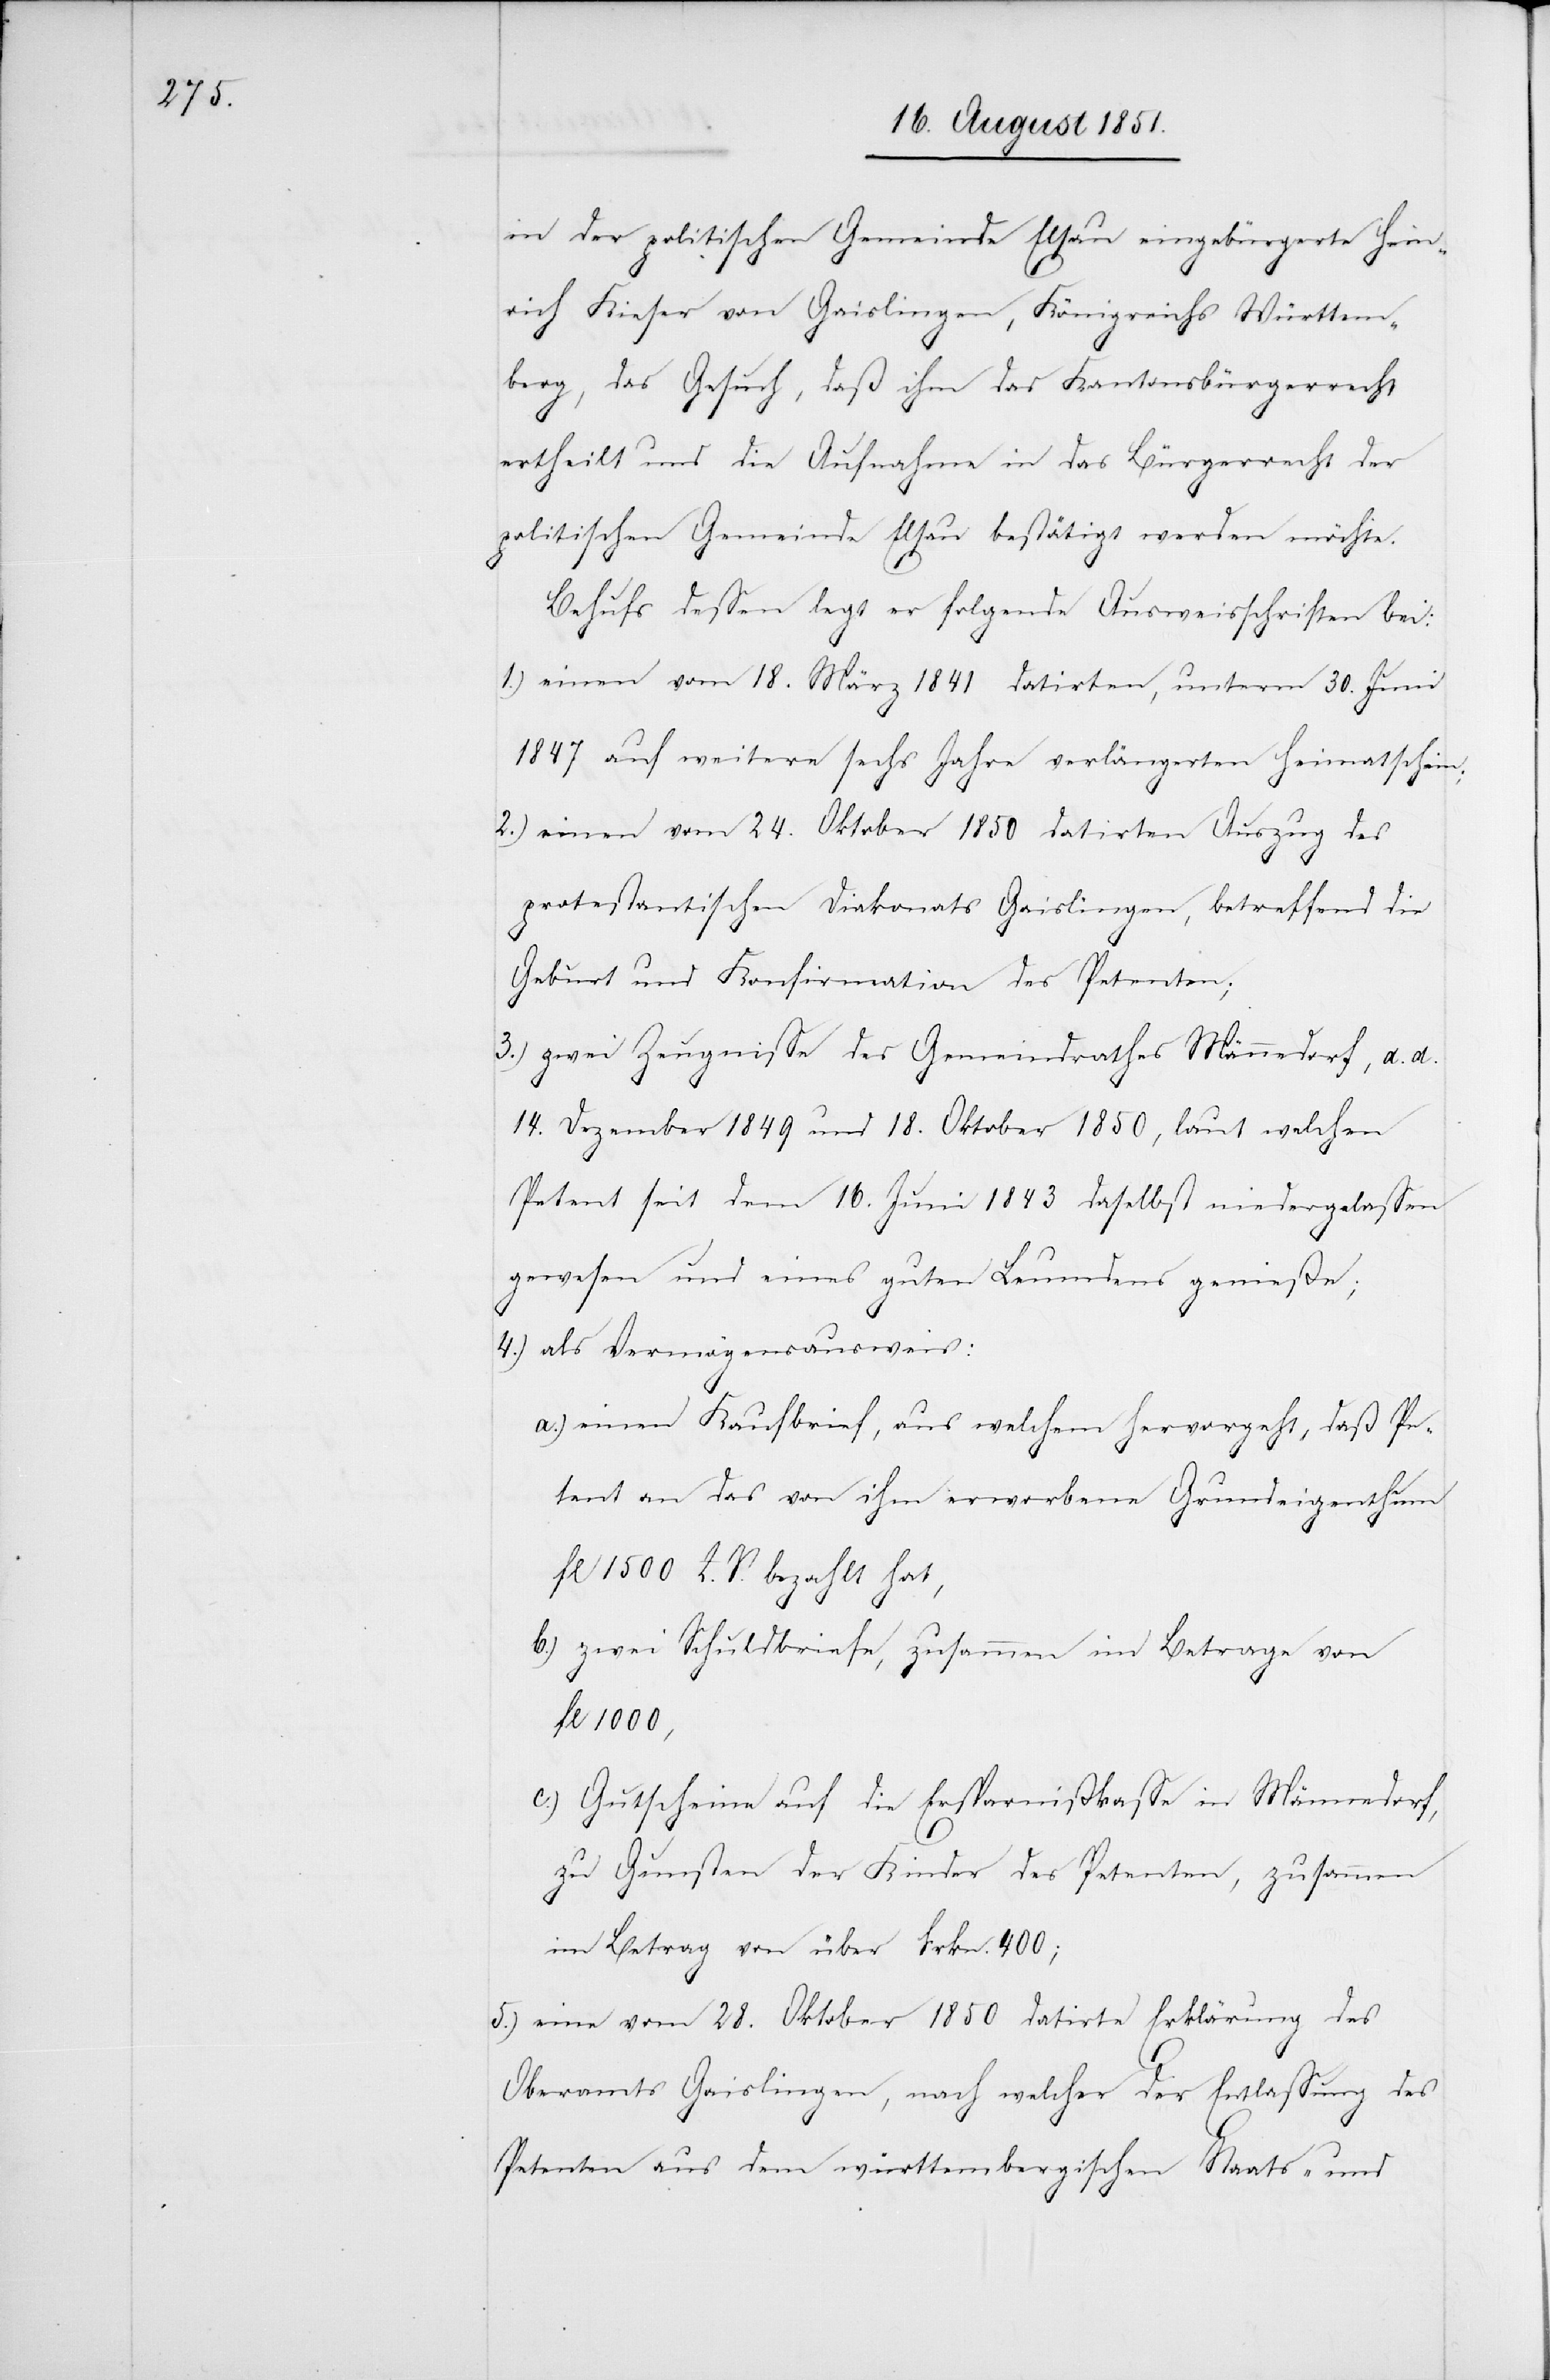
in der politischen Gemeinde Elsau eingebürgerte Heinr¬
ich Kieser von Gaislingen, Königreichs Württem¬
berg, das Gesuch, daß ihm das Kantonsbürgerrecht
ertheilt und die Aufnahme in das Bürgerrecht der
politischen Gemeinde Elsau bestätigt werden möchte.
Behufs dessen legt er folgende Ausweisschriften bei:
einen vom 18. März 1841 datirten, unterm 30. Juni
1847 auf weitere sechs Jahre verlängerten Heimatschein;
einen vom 24. Oktober 1850 datirten Auszug des
protestantischen Diakonats Gaislingen, betreffend die
Geburt und Konfirmation des Petenten;
zwei Zeugnisse des Gemeindrathes Männedorf, d. d.
14. Dezember 1849 und 18. Oktober 1850, laut welchen
Petent seit dem 16. Juni 1843 daselbst niedergelassen
gewesen und eines guten Leumdens genieße;
als Vermögensausweis:
einen Kaufbrief, aus welchem hervorgeht, daß Pe¬
tent an das von ihm erworbene Grundeigenthum
fl 1500 Z. V. bezahlt hat,
zwei Schuldbriefe, zusammen im Betrage von
fl 1000,
Gutscheine auf die Ersparnißkasse in Männedorf,
zu Gunsten der Kinder des Petenten, zusammen
im Betrag von über Frkn. 400;
eine vom 28. Oktober 1850 datirte Erklärung des
Oberamts Gaislingen, nach welcher der Entlassung des
Petenten aus dem württembergischen Staats- und